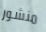
منشور